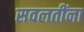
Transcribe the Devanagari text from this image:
सवलतींना